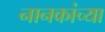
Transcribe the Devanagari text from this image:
नानकांच्या